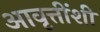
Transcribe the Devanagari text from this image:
आवृत्तींशी